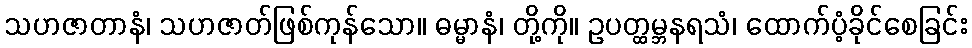
သဟဇာတာနံ၊ သဟဇာတ်ဖြစ်ကုန်သော။ ဓမ္မာနံ၊ တို့ကို။ ဥပတ္ထမ္ဘနရသံ၊ ထောက်ပံ့ခိုင်စေခြင်း